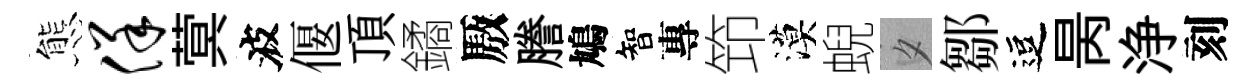
態佯蓂波偃頂鐍厫謄鳩智專笻漠蜺夕鄒逗昺浄刻